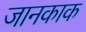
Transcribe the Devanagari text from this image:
जानकाक